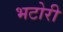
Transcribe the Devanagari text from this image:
भटोरी